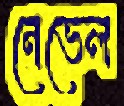
নেভেল